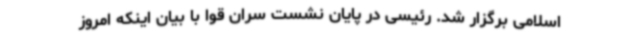
اسلامی برگزار شد. رئیسی در پایان نشست سران قوا با بیان اینکه امروز